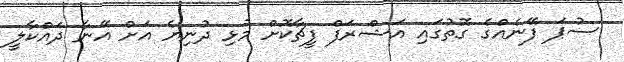
ސުޕަ ފޭނެއްގެ ގޮތުގައި އަޝްރަފް ފީޗާކޮށް މުޅި ދުނިޔެ އަށް އޭނާ ދައްކާލީ